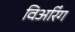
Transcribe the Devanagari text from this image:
विअरिंग